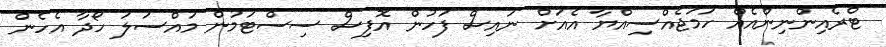
ޓްރެއިންނިންއެއް ހަމަޖެއްސިއްޔާ އެއަށް ނައިސް ފަހުން އޮފިސް ސިސްޓަމުން މައްސަލަ ހޯދާ އެހެން